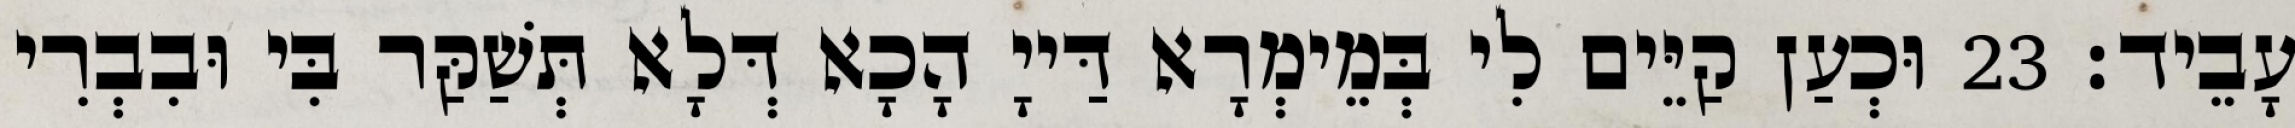
עָבֵיד׃ 23 וּכְעַן קַיֵּים לִי בְּמֵימְרָא דַּייָ הָכָא דְּלָא תְּשַׁקַּר בִּי וּבִבְרִי